Indian journal of veterinary science and animal husbandry - Volume 2,
Year: 1932
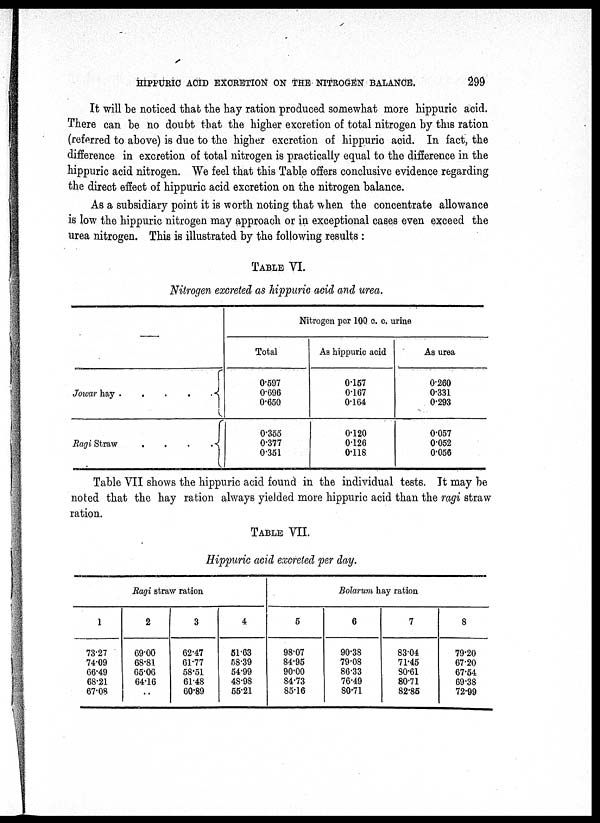
HIPPURIC ACID EXCRETION ON THE NITROGEN BALANCE.
299
It will be noticed that the hay ration produced somewhat more hippuric acid.
There can be no doubt that the higher excretion of total nitrogen by this ration
(referred to above) is due to the higher excretion of hippuric acid. In fact, the
difference in excretion of total nitrogen is practically equal to the difference in the
hippuric acid nitrogen. We feel that this Table offers conclusive evidence regarding
the direct effect of hippuric acid excretion on the nitrogen balance.
As a subsidiary point it is worth noting that when the concentrate allowance
is low the hippuric nitrogen may approach or in exceptional cases even exceed the
urea nitrogen. This is illustrated by the following results :
TABLE VI.
Nitrogen excreted as hippuric acid and urea.
—
Jowar hay .....{
Ragi Straw
.....{
Nitrogen per 100 c. c. urine
Total
0.597
0.696
0.650
0.355
0.377
0.351
As hippuric acid
0.157
0.167
0.164
0.120
0.126
0.118
As urea
0.260
0.331
0.293
0.057
0.052
0.056
Table VII shows the hippuric acid found in the individual tests. It may be
noted that the hay ration always yielded more hippuric acid than the ragi straw
ration.
TABLE VII.
Hippuric acid excreted per day.
Ragi straw ration
1
73.27
74.09
66.49
68.21
67.08
2
69.00
68.81
65.06
64.16
..
3
62.47
61.77
58.51
61.48
60.89
4
51.63
58.39
54.99
48.98
55.21
Bolarum hay ration
5
98.07
84.95
90.00
84.73
85.16
6
90.38
79.08
86.33
76.49
80.71
7
83.04
71.45
80.61
80.71
82.85
8
79.20
67.20
67.54
69.38
72.99